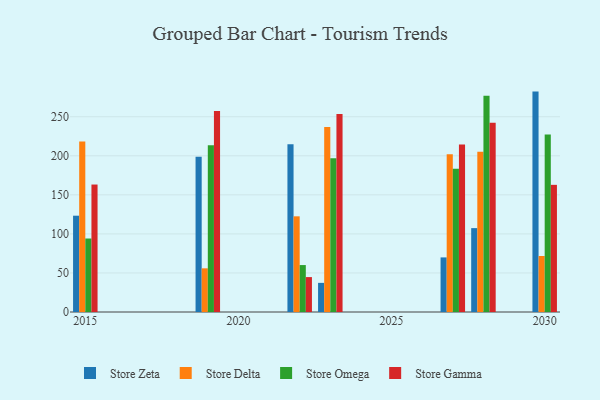
{"axis": {"x": "Year", "y": "Revenue (USD Million)"}, "legend": ["Store Delta", "Store Gamma", "Store Omega", "Store Zeta"], "data": [{"x": "2028", "y": 107.4, "type": "Store Zeta"}, {"x": "2028", "y": 205.3, "type": "Store Delta"}, {"x": "2028", "y": 276.8, "type": "Store Omega"}, {"x": "2028", "y": 242.2, "type": "Store Gamma"}, {"x": "2015", "y": 123.3, "type": "Store Zeta"}, {"x": "2015", "y": 218.3, "type": "Store Delta"}, {"x": "2015", "y": 94.1, "type": "Store Omega"}, {"x": "2015", "y": 163.2, "type": "Store Gamma"}, {"x": "2027", "y": 69.9, "type": "Store Zeta"}, {"x": "2027", "y": 201.9, "type": "Store Delta"}, {"x": "2027", "y": 183.4, "type": "Store Omega"}, {"x": "2027", "y": 214.5, "type": "Store Gamma"}, {"x": "2022", "y": 214.8, "type": "Store Zeta"}, {"x": "2022", "y": 122.5, "type": "Store Delta"}, {"x": "2022", "y": 60.1, "type": "Store Omega"}, {"x": "2022", "y": 44.7, "type": "Store Gamma"}, {"x": "2019", "y": 198.8, "type": "Store Zeta"}, {"x": "2019", "y": 55.9, "type": "Store Delta"}, {"x": "2019", "y": 213.6, "type": "Store Omega"}, {"x": "2019", "y": 257.5, "type": "Store Gamma"}, {"x": "2030", "y": 282.2, "type": "Store Zeta"}, {"x": "2030", "y": 71.7, "type": "Store Delta"}, {"x": "2030", "y": 227.2, "type": "Store Omega"}, {"x": "2030", "y": 162.8, "type": "Store Gamma"}, {"x": "2023", "y": 37.3, "type": "Store Zeta"}, {"x": "2023", "y": 236.9, "type": "Store Delta"}, {"x": "2023", "y": 197.0, "type": "Store Omega"}, {"x": "2023", "y": 253.6, "type": "Store Gamma"}]}